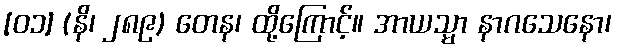
[၀၁] (နိ၊ ၂၈၉) တေန၊ ထို့ကြောင့်။ အာယသ္မာ နာဂသေနော၊